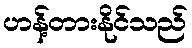
ဟန့်တားနိုင်သည်